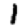
Digit: 1